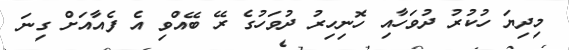
މިދިޔަ ހުކުރު ދުވަހާއި ހޮނިހިރު ދުވަހުގެ ރޭ ބޭއްވި އެ ފެއާއަށް ގިނަ